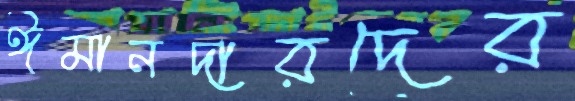
ঈমানদারদের